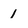
Character: 1